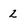
Character: 2